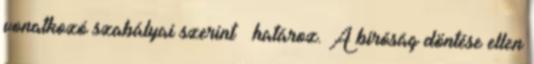
vonatkozó szabályai szerint – határoz. A bíróság döntése ellen